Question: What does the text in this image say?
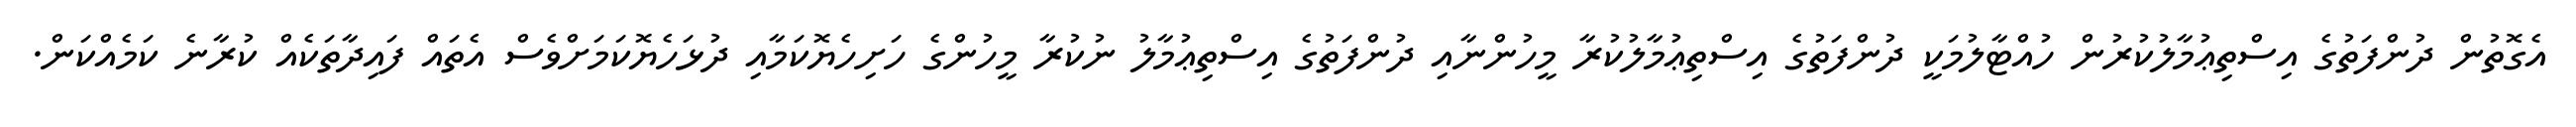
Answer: އެގޮތުން ދުންފަތުގެ އިސްތިޢުމާލުކުރުން ހުއްޓާލުމަކީ ދުންފަތުގެ އިސްތިޢުމާލުކުރާ މީހުންނާއި ދުންފަތުގެ އިސްތިޢުމާލު ނުކުރާ މީހުންގެ ހަށިހެޔޮކަމާއި ދުޅަހެޔޮކަމަށްވެސް އެތައް ފައިދާތަކެއް ކުރާނެ ކަމެއްކަން.